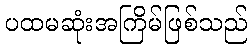
ပထမဆုံးအကြိမ်ဖြစ်သည်